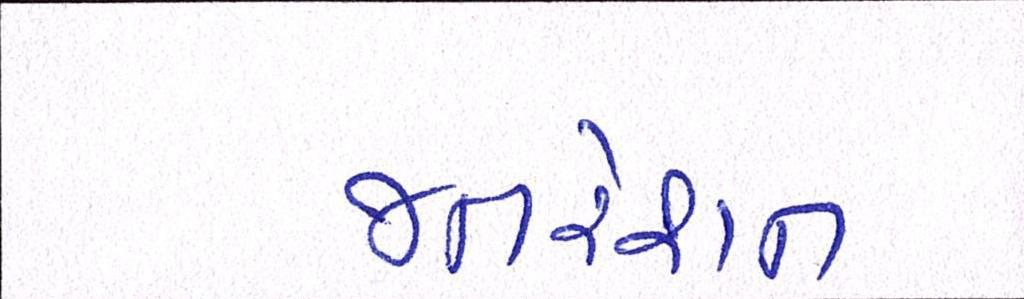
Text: જનરેશન